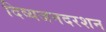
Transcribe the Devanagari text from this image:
दिव्यजनदरशन